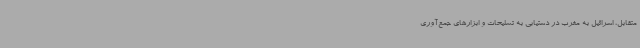
متقابل، اسرائیل به مغرب در دستیابی به تسلیحات و ابزارهای جمع‌آوری